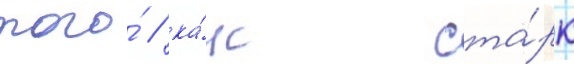
того́ / ка́к ста́рк